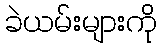
ခဲယမ်းများကို